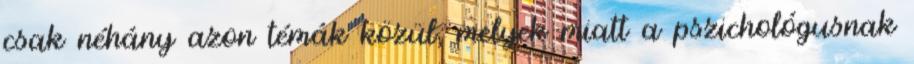
csak néhány azon témák közül, melyek miatt a pszichológusnak